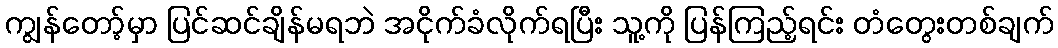
ကျွန်တော့်မှာ ပြင်ဆင်ချိန်မရဘဲ အငိုက်ခံလိုက်ရပြီး သူ့ကို ပြန်ကြည့်ရင်း တံတွေးတစ်ချက်